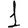
Digit: 1